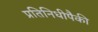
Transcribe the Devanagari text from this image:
प्रतिनिधीपैकी